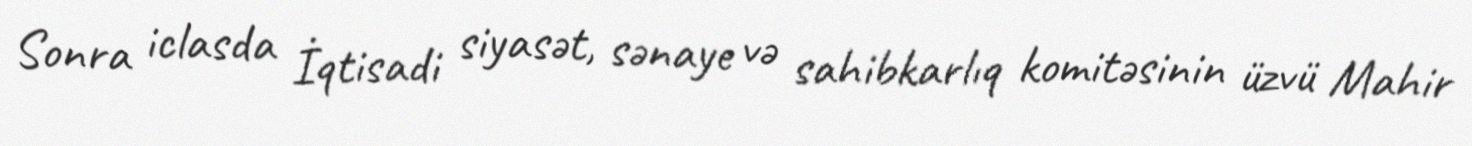
Sonra iclasda İqtisadi siyasət, sənaye və sahibkarlıq komitəsinin üzvü Mahir